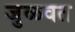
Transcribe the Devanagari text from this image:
जुळवत